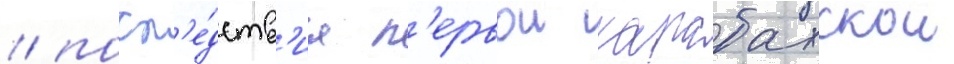
/ посл'е́дств'иа п'ервои карабахскои